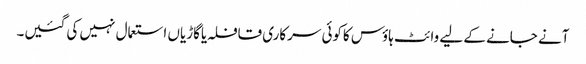
آنے جانے کے لیے وائٹ ہاؤس کاکوئی سرکاری قافلہ یاگاڑیاں استعمال نہیں کی گئیں۔